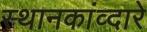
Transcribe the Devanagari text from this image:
स्थानकांव्दारे